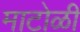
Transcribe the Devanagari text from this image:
माटोळी